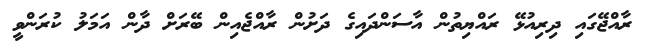
ރާއްޖޭގައި ދިރިއުޅޭ ރައްޔިތުން އާސަންދައިގެ ދަށުން ރާއްޖެއިން ބޭރަށް ދާން އަމަލު ކުރަންވީ